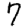
Digit: 7